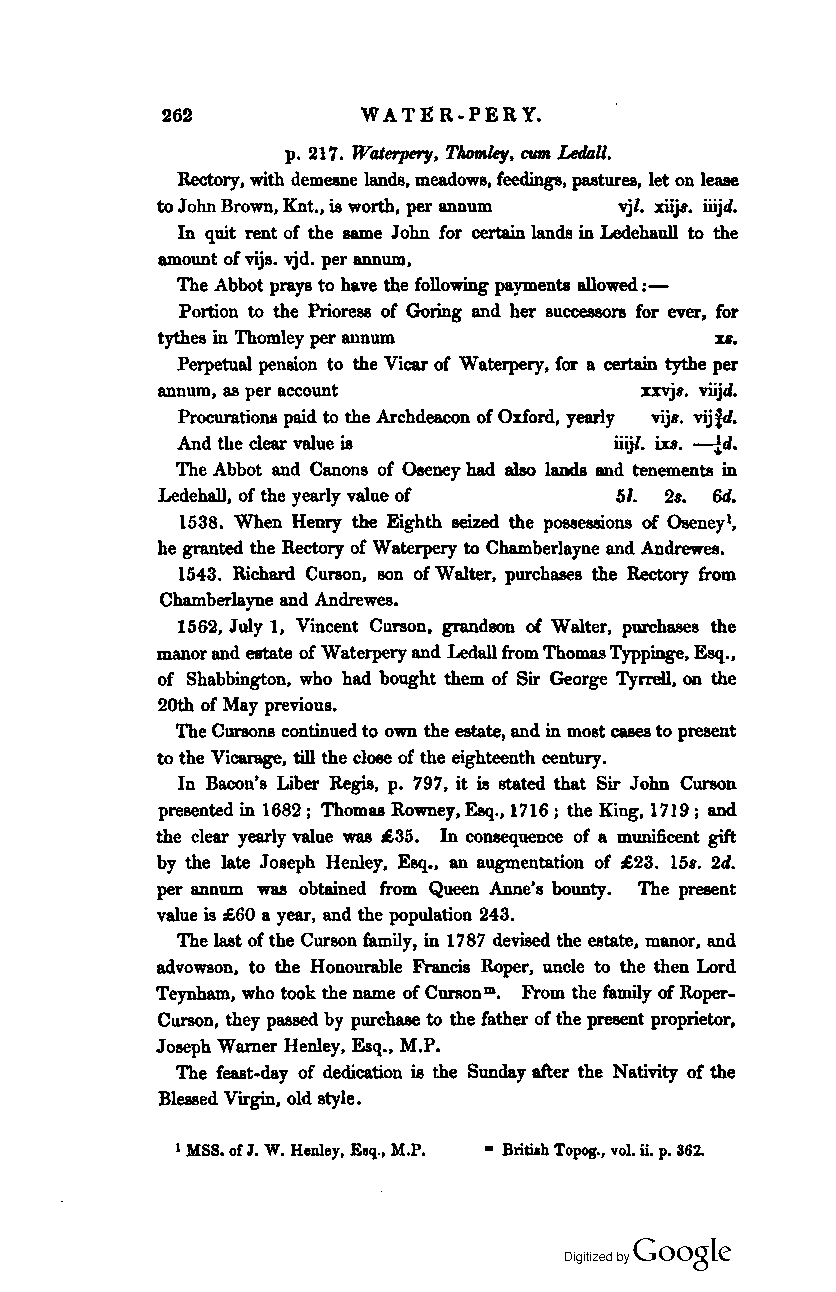
262          WATE R-PER Y.
 p. 217. WtJlerpery, TIunt&ky, erma Ledall.
 Rectory, with demesne lands, meadows, feediDgs, pastures, let on lease
 to John Brown, Knt., is worth, per annum vjl. xii,iB. iiijd.
 In quit rent of the same John for certain lands in Ledebaull to the
 amount of vijs. vjd. per annum,
 The Abbot prays to have the following payments allowed:-
 Portion to the Prioress of Goring and her successors for ever, for
 tythes in Thomley per annum          u.
 Perpetual pension to the Vicar of Waterpery, for a certain tythe per
 annum, as per account           xxvj.. viijd.
 Procurations paid to the Archdeacon of Oxford, yearly vij •. vij!d.
 And the clear value is       iiijl. iD. -ld.
 The Abbot and Canons of Oeeney bad also laDds and tenements in
 2..
 Ledehall, of the yearly value of 51. 6d.
 1538. When Henry the Eighth seized the possessions of Oseneyl,
 he granted the Rectory of Waterpery to Chamberlayne and Andrewes.
 1543. Richard CUrBOn, BOn of Walter, purchases the Rectory from
 Chamberl ayne and Andrewes.
 1562, July 1, Vincent Curson, grandson of Walter, purchases the
 manor and estate of Waterpery and Ledall from Thomas Typpinge, Esq.,
 of Sbabbington, who bad bought them of Sir George Tyrrell, OIl the
 20th of May previous.
 The ClD'BOns continued to own the estate, and in most cues to present
 to the Vicarage, till the close of the eighteenth century.
 In Bacon's Liber Regis, p. 797, it is stated that Sir John Curson
 presented in 1682; Thomas Rowney, Esq., 1716; the King, 1719; and
 the clear yearly value was £35. In consequence of a munificent gift
 by the late Joseph Henley, Esq., an augmentation of £23. 15• . 2d.
 per annum was obtained from Queen Anne's bounty. The present
 value is £60 a year, and the population 243.
 The last of the Curson family, in 1787 devised the estate, manor, and
 advowson, to the Honourable Francis Roper, uncle to the then Lord
 Teynbam, who took the name of CUI'IIOnm• From the family of Roper
 Curson, they passed by purchase to the father of the present proprietor,
 Joseph Warner Henley, Esq., M.P.
 The feast-day of dedication is the Sunday after the Nativity of the
 Blessed Virgin, old style.
 I MBS. of 1. W. Henley, Esq., M.P. • Britiah Topog., vol. ii. p. 362.
 Coogle
 Digitized by